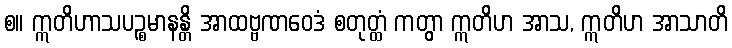
စ။ ဣတိဟာသပဉ္စမာနန္တိ အာထဗ္ဗဏဝေဒံ စတုတ္ထံ ကတွာ ဣတိဟ အာသ, ဣတိဟ အာသာတိ